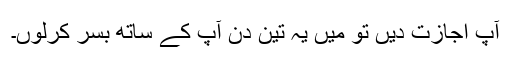
آپ اجازت دیں تو میں یہ تین دن آپ کے ساتھ بسر کرلوں۔